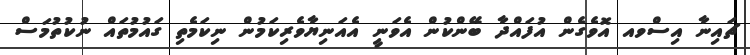
ޗައިނާ އިސްވއ އޮވެގެން އުފައްދާ ބޭންކުން އެވަނީ އެއަނިޔާވެރިކަމުން ނިކަމެތި ގައުމުތައް ނުކުތުމަސް